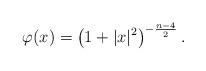
LaTeX: \begin{align*}\varphi(x)=\left(1+|x|^2\right)^{-\frac{n-4}{2}}.\end{align*}